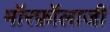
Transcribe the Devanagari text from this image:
मॉरफ़ॉलाजी